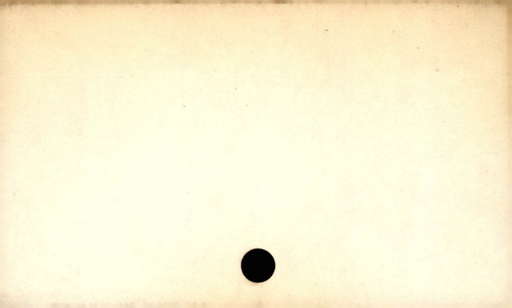
Label: blank